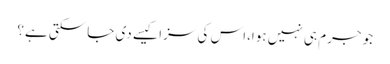
جو جرم ہی نہیں ہوا،اس کی سزا کیسے دی جاسکتی ہے؟